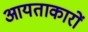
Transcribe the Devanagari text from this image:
आयताकारों